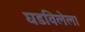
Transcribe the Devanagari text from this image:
घडविलेला